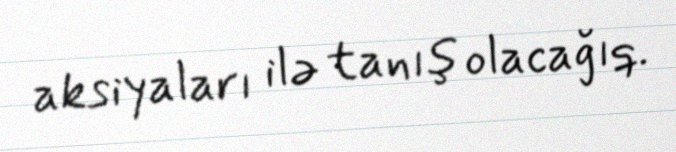
aksiyaları ilə tanış olacağıq.